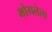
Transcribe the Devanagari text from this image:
भोगलेला